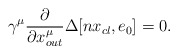
\begin{align*}\gamma^{\mu}\frac{\partial}{\partial{x}^{\mu}_{out}}\Delta[nx_{cl},e_{0}]=0.\end{align*}